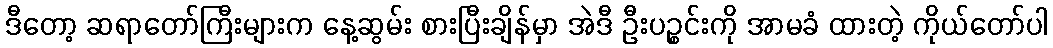
ဒီတော့ ဆရာတော်ကြီးများက နေ့ဆွမ်း စားပြီးချိန်မှာ အဲဒီ ဦးပဉ္စင်းကို အာမခံ ထားတဲ့ ကိုယ်တော်ပါ